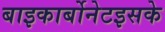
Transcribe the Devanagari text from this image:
बाइकार्बोनेटइसके